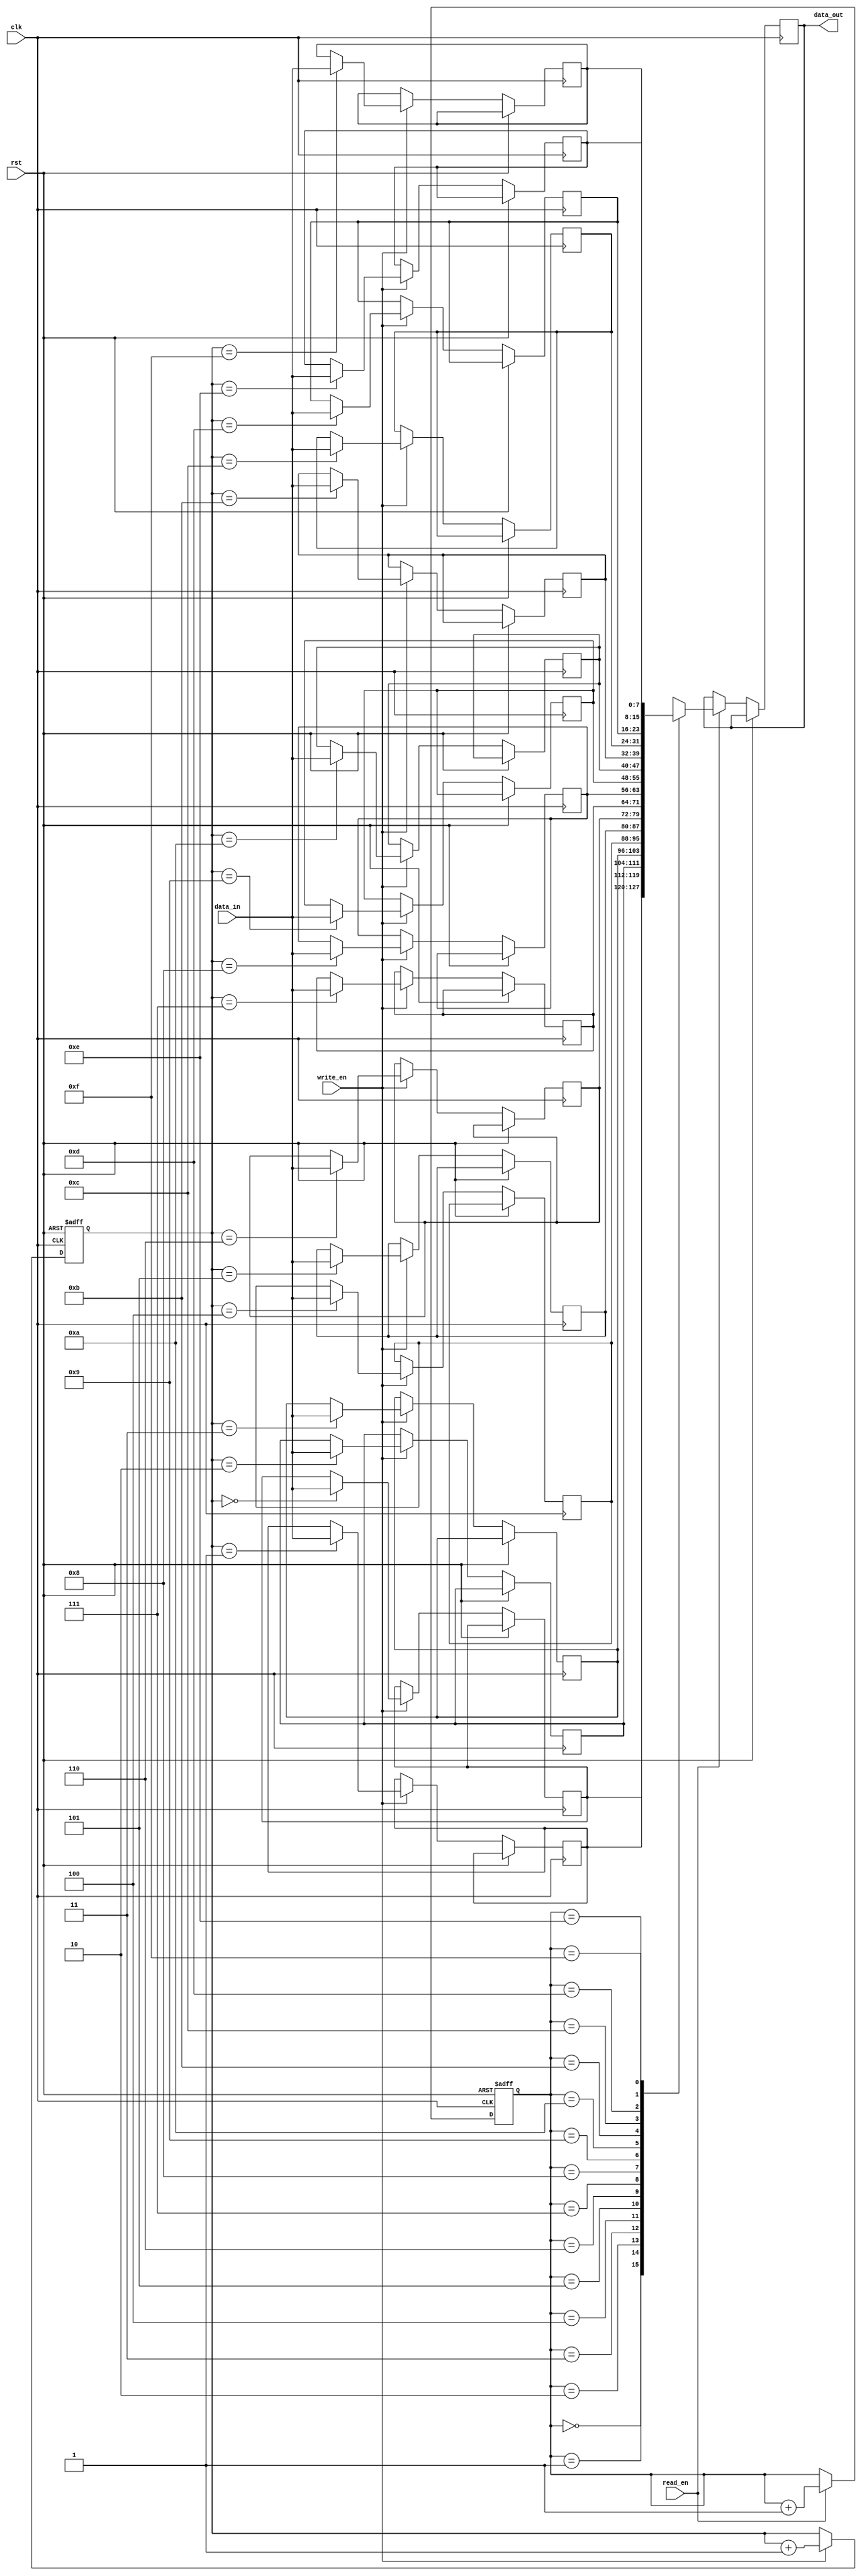
module FIFO (
    input wire clk,
    input wire rst,
    input wire write_en,
    input wire read_en,
    input wire [7:0] data_in,
    output reg [7:0] data_out
);

reg [7:0] memory [0:15];
reg [3:0] write_ptr;
reg [3:0] read_ptr;

always @(posedge clk or posedge rst) begin
    if (rst) begin
        write_ptr <= 4'b0000;
        read_ptr <= 4'b0000;
    end else begin
        if (write_en) begin
            memory[write_ptr] <= data_in;
            write_ptr <= write_ptr + 1;
        end
        if (read_en) begin
            data_out <= memory[read_ptr];
            read_ptr <= read_ptr + 1;
        end
    end
end

endmodule